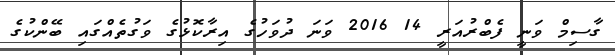
ގާސިމް ވަނީ ފެބްރުއަރީ 14 2016 ވަނަ ދުވަހުގެ އިރާކޮޅުގެ ވަގުތެއްގައި ބޭންކުގެ